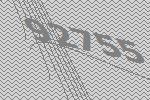
92755